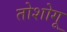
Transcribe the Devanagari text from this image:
तोशोगू